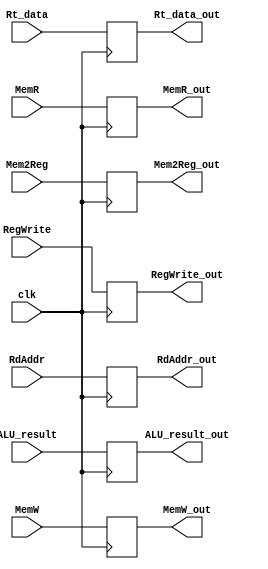
module EX_MEM (
    // Outputs
    output reg [31:0] ALU_result_out,
    output reg [31:0] Rt_data_out,
    output reg [4:0] RdAddr_out,
    output reg MemW_out,
    output reg MemR_out,
    output reg Mem2Reg_out,
    output reg RegWrite_out,
    // Inputs
    input [31:0] ALU_result,
    input [31:0] Rt_data,
    input [4:0] RdAddr,
    input MemW,
    input MemR,
    input Mem2Reg,
    input RegWrite,
    input clk
);
    always @(negedge clk) begin
        ALU_result_out <= ALU_result;
        Rt_data_out <= Rt_data;
        RdAddr_out <= RdAddr;
        MemW_out <= MemW;
        MemR_out <= MemR;
        Mem2Reg_out <= Mem2Reg;
        RegWrite_out <= RegWrite;
    end

endmodule